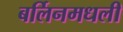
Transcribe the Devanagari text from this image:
बर्लिनमधली